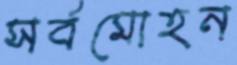
সর্বমোহন